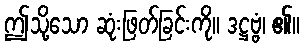
ဤသို့သော ဆုံးဖြတ်ခြင်းကို။ ဒဋ္ဌဗ္ဗံ၊ ၏။